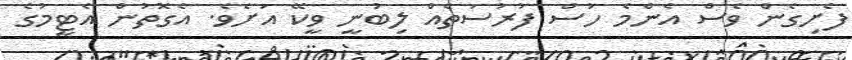
ފެށިގެން ވެސް އެންމެ ހުސް ފުރުސަތެއް ލިބުނީ ވީކޭ އަށެވެ. އެގޮތުން އެޓީމުގެ